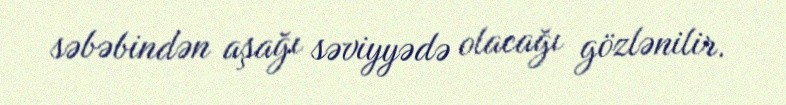
səbəbindən aşağı səviyyədə olacağı gözlənilir.